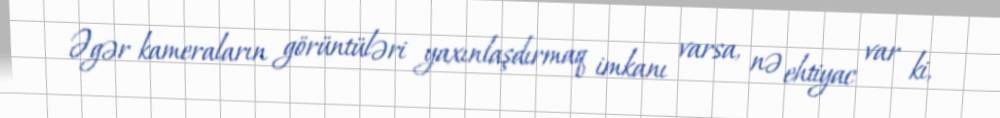
Əgər kameraların görüntüləri yaxınlaşdırmaq imkanı varsa, nə ehtiyac var ki,